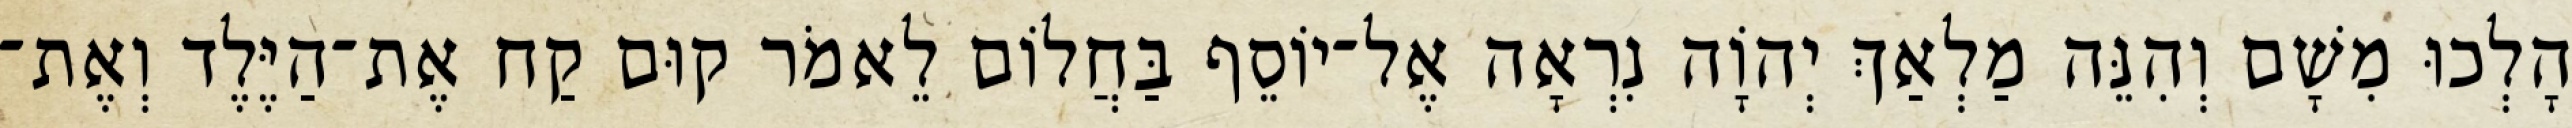
הָלְכוּ מִשָׁם וְהִנֵּה מַלְאַךְ יְהוָֹה נִרְאָה אֶל־יוֹסֵף בַּחֲלוֹם לֵאמֹר קוּם קַח אֶת־הַיֶּלֶד וְאֶת־